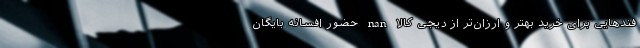
فندهایی برای خرید بهتر و ارزان­تر از دیجی ­کالا nan حضور افسانه بایگان